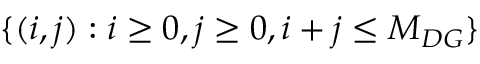
\{ ( i , j ) : i \ge 0 , j \ge 0 , i + j \le M _ { D G } \}